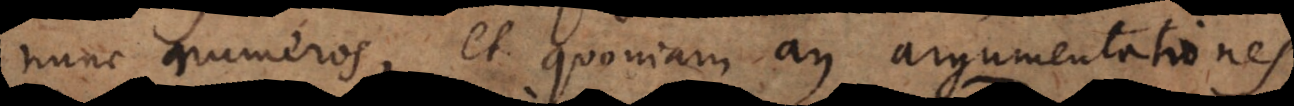
nunc numeros, et quoniam an argumentationes